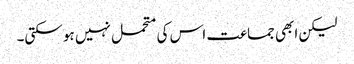
لیکن ابھی جماعت اس کی متحمل نہیں ہو سکتی۔